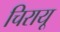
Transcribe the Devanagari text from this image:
चिरायू